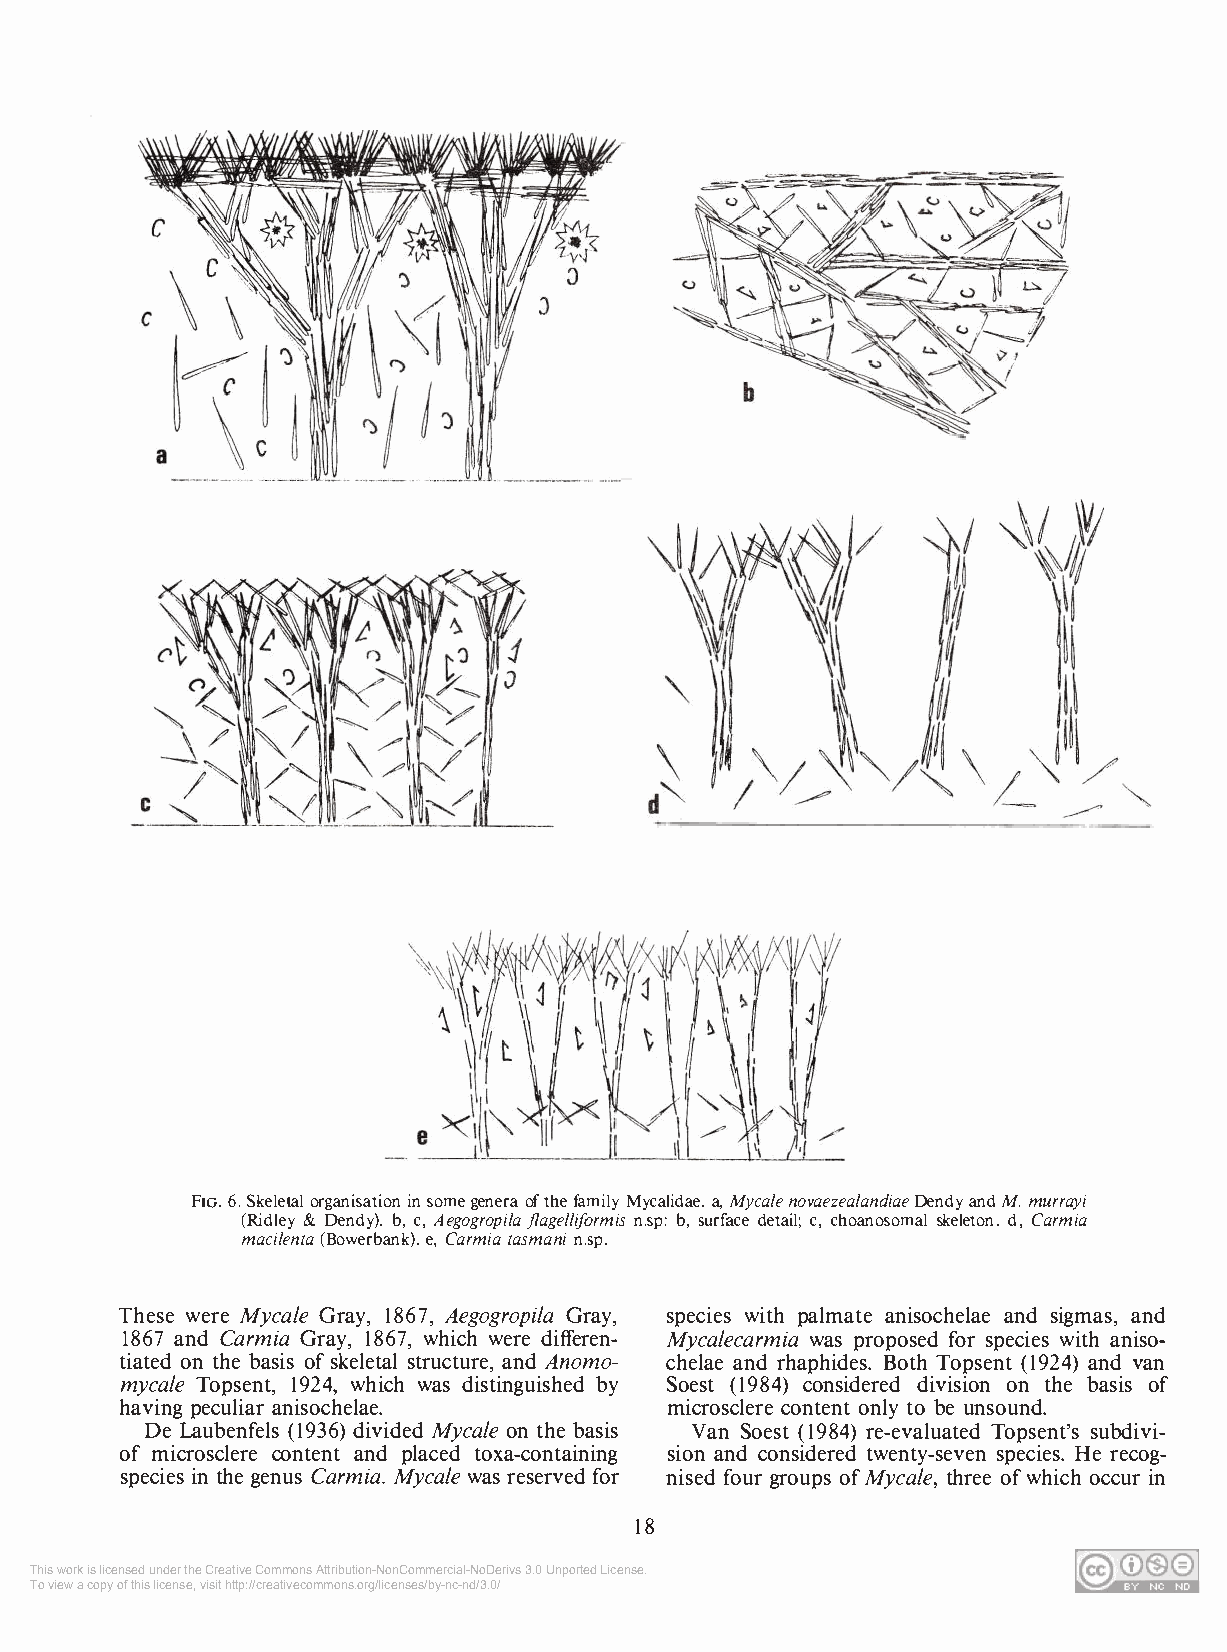
FIG. 6. Skeletal organisation in some genera of the family Mycalidae. a, Mycale novaezealandiae Dendy and M. murrayi
 (Ridley & Dendy). b, c, Aegogropila j/agelliformis n.sp: b, surface detail; c, choanosomal skeleton. d, Carmia
 macilenta (Bowerbank). e, Carmia tasmani n.sp.
 These were Mycale Gray, 1867, Aegogropila Gray, species with palmate anisochelae and sigmas, and
 1867 and Carmia Gray, 1867, which were differen­ Mycalecarmia was proposed for species with aniso­
 tiated on the basis of skeletal structure, and Anomo­ chelae and rhaphides. Both Topsent (1924) and van
 mycale Topsent, 1924, which was distinguished by Soest ( 1984) considered division on the basis of
 having peculiar anisochelae.        microsclere content only to be unsound.
 De Laubenfels (1936) divided Mycale on the basis Van Soest (1984) re-evaluated Topsent's subdivi­
 of microsclere content and placed toxa-containing sion and considered twenty-seven species. He recog­
 species in the genus Carmia. Mycale was reserved for nised four groups of Mycale, three of which occur in
 18
 This work is licensed under the Creative Commons Attribution-NonCommercial-NoDerivs 3.0 Unported License.
 To view a copy of this license, visit http://creativecommons.org/licenses/by-nc-nd/3.0/